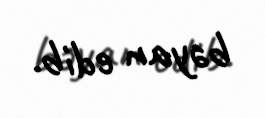
bəyan edib.